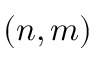
( n , m )